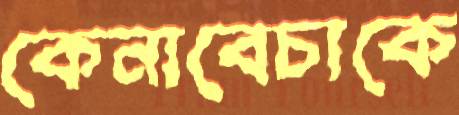
কেনাবেচাকে